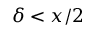
\delta < x / 2